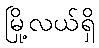
မြို့လယ်ရှိ